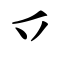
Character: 乊